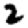
Digit: 2